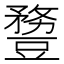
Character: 𧰈